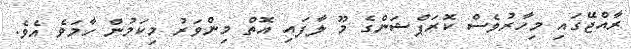
ރާއްޖޭގައި މިހާރުވެސް ކޮރަޕްޝަންގެ މޫ ލާފައި އޮތް މިންވަރު މިކަމުން ހާމަވެ އެވެ.